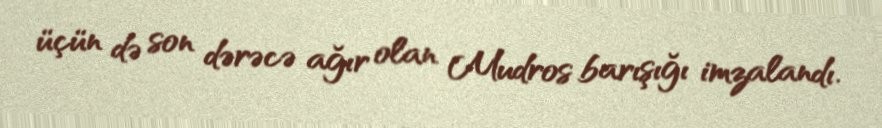
üçün də son dərəcə ağır olan Mudros barışığı imzalandı.